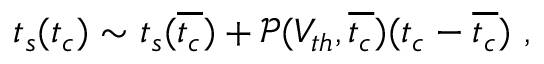
t _ { s } ( t _ { c } ) \sim t _ { s } ( \overline { { t _ { c } } } ) + \mathscr { P } ( V _ { t h } , \overline { { t _ { c } } } ) ( t _ { c } - \overline { { t _ { c } } } ) ~ ,